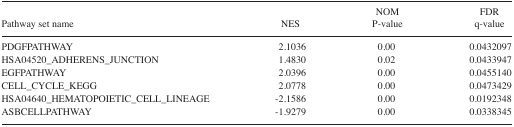
<table><thead><tr><td><b>Pathway set name</b></td><td><b>NES</b></td><td><b>NOM P-value</b></td><td><b>FDR q-value</b></td></tr></thead><tbody><tr><td>PDGFPATHWAY</td><td>2.1036</td><td>0.00</td><td>0.0432097</td></tr><tr><td>HSA04520_ADHERENS_JUNCTION</td><td>1.4830</td><td>0.02</td><td>0.0433947</td></tr><tr><td>EGFPATHWAY</td><td>2.0396</td><td>0.00</td><td>0.0455140</td></tr><tr><td>CELL_CYCLE_KEGG</td><td>2.0778</td><td>0.00</td><td>0.0473429</td></tr><tr><td>HSA04640_HEMATOPOIETIC_CELL_LINEAGE</td><td>−2.1586</td><td>0.00</td><td>0.0192348</td></tr><tr><td>ASBCELLPATHWAY</td><td>−1.9279</td><td>0.00</td><td>0.0338345</td></tr></tbody></table>